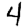
Digit: 4